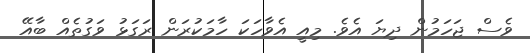
ވެސް ޖަހަމުން ދިޔަ އެވެ. މިއީ އެވާހަކަ ހާމަކުރަން ރަގަޅު ވަގުތެއް ބާއޭ